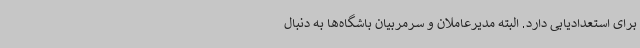
برای استعدادیابی دارد. البته مدیرعاملان و سرمربیان باشگاه‌ها به دنبال